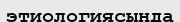
этиологиясында